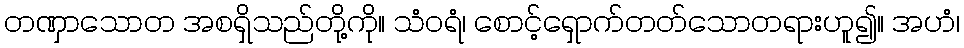
တဏှာသောတ အစရှိသည်တို့ကို။ သံဝရံ၊ စောင့်ရှောက်တတ်သောတရားဟူ၍။ အဟံ၊